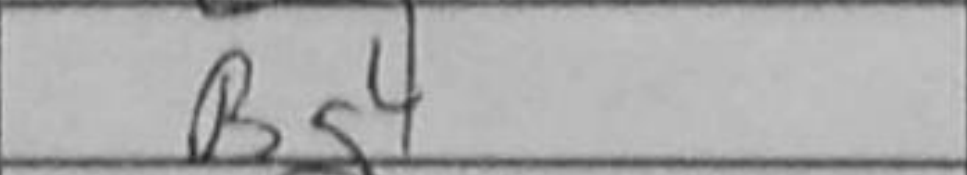
Transcription: Bg4